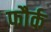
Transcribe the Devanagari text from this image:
फौर्क